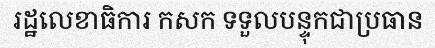
រដ្ឋលេខាធិការ កសក ទទួលបន្ទុកជាប្រធាន